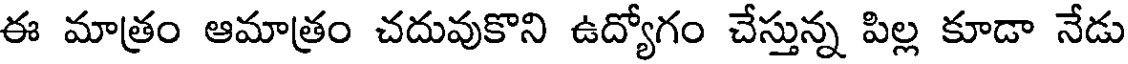
ఈ మాత్రం ఆమాత్రం చదువుకొని ఉద్యోగం చేస్తున్న పిల్ల కూడా నేడు